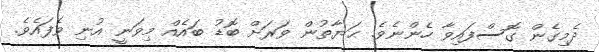
ދެމިގެން ގޮސްފައިވާ ހެންނެވެ. ޙަޔާތުން ވަރަށް ބޮޑު ބައެއް މިވަނީ އުނި ވެފައެވެ.